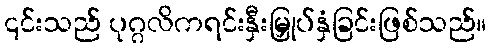
၎င်းသည် ပုဂ္ဂလိကရင်းနှီးမြှုပ်နှံခြင်းဖြစ်သည်။